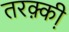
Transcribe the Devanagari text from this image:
तरक़्की़